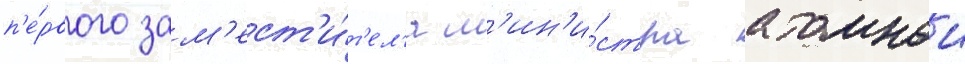
п'е́рвого зам'ест'и́т'ел'я м'ин'и́стра атомнои